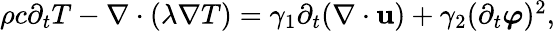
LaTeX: \begin{array}{r}{\rho c\partial_{t}T-\nabla\cdot(\lambda\nabla T)=\gamma_{1}\partial_{t}(\nabla\cdot\mathbf u)+\gamma_{2}(\partial_{t}\boldsymbol\varphi)^{2},}\end{array}